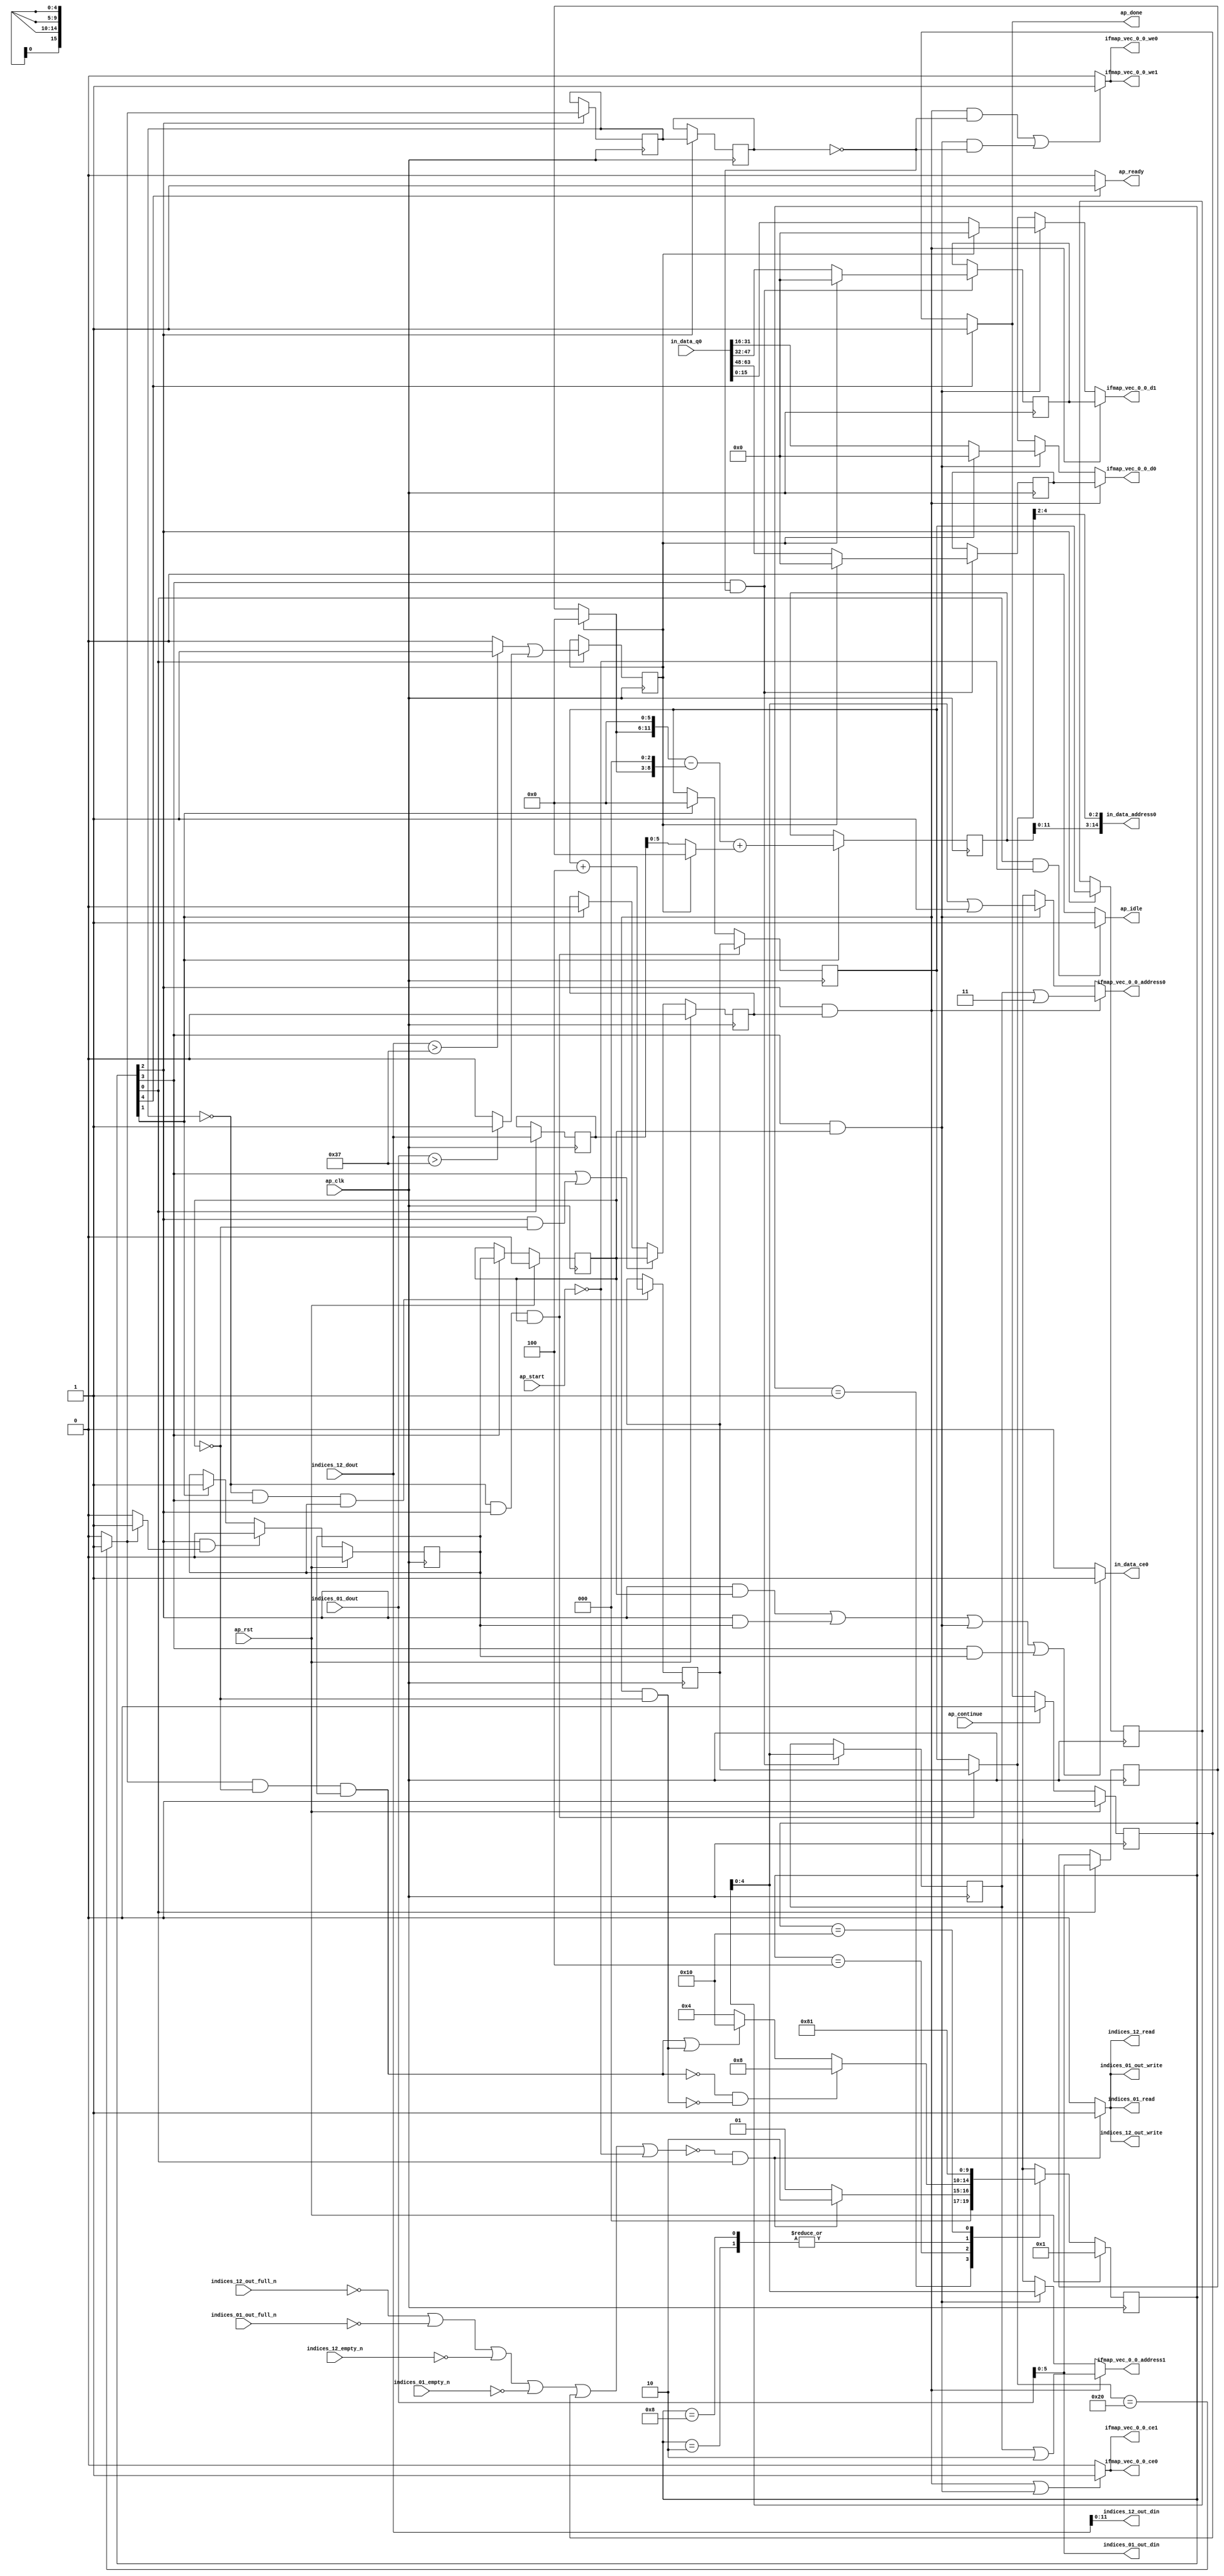
`define EXPONENT 5
`define MANTISSA 10
`define ACTUAL_MANTISSA 11
`define EXPONENT_LSB 10
`define EXPONENT_MSB 14
`define MANTISSA_LSB 0
`define MANTISSA_MSB 9
`define MANTISSA_MUL_SPLIT_LSB 3
`define MANTISSA_MUL_SPLIT_MSB 9
`define SIGN 1
`define SIGN_LOC 15
`define DWIDTH (`SIGN+`EXPONENT+`MANTISSA)
`define IEEE_COMPLIANCE 1

module td_fused_top_tdf3_readInputs (
        ap_clk,
        ap_rst,
        ap_start,
        ap_done,
        ap_continue,
        ap_idle,
        ap_ready,
        in_data_address0,
        in_data_ce0,
        in_data_q0,
        indices_01_dout,
        indices_01_empty_n,
        indices_01_read,
        indices_12_dout,
        indices_12_empty_n,
        indices_12_read,
        ifmap_vec_0_0_address0,
        ifmap_vec_0_0_ce0,
        ifmap_vec_0_0_we0,
        ifmap_vec_0_0_d0,
        ifmap_vec_0_0_address1,
        ifmap_vec_0_0_ce1,
        ifmap_vec_0_0_we1,
        ifmap_vec_0_0_d1,
        indices_01_out_din,
        indices_01_out_full_n,
        indices_01_out_write,
        indices_12_out_din,
        indices_12_out_full_n,
        indices_12_out_write
);

parameter    ap_ST_fsm_state1 = 5'd1;
parameter    ap_ST_fsm_state2 = 5'd2;
parameter    ap_ST_fsm_pp0_stage0 = 5'd4;
parameter    ap_ST_fsm_pp0_stage1 = 5'd8;
parameter    ap_ST_fsm_state8 = 5'd16;

input   ap_clk;
input   ap_rst;
input   ap_start;
output   ap_done;
input   ap_continue;
output   ap_idle;
output   ap_ready;
output  [14:0] in_data_address0;
output   in_data_ce0;
input  [63:0] in_data_q0;
input  [15:0] indices_01_dout;
input   indices_01_empty_n;
output   indices_01_read;
input  [15:0] indices_12_dout;
input   indices_12_empty_n;
output   indices_12_read;
output  [4:0] ifmap_vec_0_0_address0;
output   ifmap_vec_0_0_ce0;
output   ifmap_vec_0_0_we0;
output  [15:0] ifmap_vec_0_0_d0;
output  [4:0] ifmap_vec_0_0_address1;
output   ifmap_vec_0_0_ce1;
output   ifmap_vec_0_0_we1;
output  [15:0] ifmap_vec_0_0_d1;
output  [5:0] indices_01_out_din;
input   indices_01_out_full_n;
output   indices_01_out_write;
output  [11:0] indices_12_out_din;
input   indices_12_out_full_n;
output   indices_12_out_write;

reg ap_done;
reg ap_idle;
reg ap_ready;
reg in_data_ce0;
reg indices_01_read;
reg indices_12_read;
reg[4:0] ifmap_vec_0_0_address0;
reg ifmap_vec_0_0_ce0;
reg ifmap_vec_0_0_we0;
reg[15:0] ifmap_vec_0_0_d0;
reg[4:0] ifmap_vec_0_0_address1;
reg ifmap_vec_0_0_ce1;
reg ifmap_vec_0_0_we1;
reg[15:0] ifmap_vec_0_0_d1;
reg indices_01_out_write;
reg indices_12_out_write;

reg    ap_done_reg;
  reg   [4:0] ap_CS_fsm;
wire    ap_CS_fsm_state1;
reg    indices_01_blk_n;
reg    indices_12_blk_n;
reg    indices_01_out_blk_n;
reg    indices_12_out_blk_n;
reg   [5:0] kk_0_i_i_reg_178;
reg   [5:0] kk_0_i_i_reg_178_pp0_iter1_reg;
wire    ap_CS_fsm_pp0_stage0;
wire    ap_block_state3_pp0_stage0_iter0;
wire    ap_block_state5_pp0_stage0_iter1;
wire    ap_block_state7_pp0_stage0_iter2;
wire    ap_block_pp0_stage0_11001;
wire   [5:0] trunc_ln135_fu_190_p1;
reg   [5:0] trunc_ln135_reg_432;
reg   [15:0] col_coord_reg_437;
wire   [0:0] is_padding_fu_212_p2;
reg   [0:0] is_padding_reg_442;
wire   [13:0] add_ln32_fu_272_p2;
reg   [13:0] add_ln32_reg_452;
wire    ap_CS_fsm_state2;
wire   [0:0] icmp_ln25_fu_278_p2;
reg   [0:0] icmp_ln25_reg_457;
reg   [0:0] icmp_ln25_reg_457_pp0_iter1_reg;
wire   [5:0] add_ln25_fu_306_p2;
reg   [5:0] add_ln25_reg_466;
wire    ap_CS_fsm_pp0_stage1;
reg    ap_enable_reg_pp0_iter0;
wire    ap_block_state4_pp0_stage1_iter0;
wire    ap_block_state6_pp0_stage1_iter1;
wire    ap_block_pp0_stage1_11001;
wire   [4:0] empty_104_fu_317_p1;
reg   [4:0] empty_104_reg_471;
wire   [15:0] select_ln33_20_fu_384_p3;
reg   [15:0] select_ln33_20_reg_477;
wire   [15:0] select_ln33_21_fu_405_p3;
reg   [15:0] select_ln33_21_reg_482;
wire    ap_block_pp0_stage0_subdone;
reg    ap_condition_pp0_exit_iter0_state3;
reg    ap_enable_reg_pp0_iter1;
wire    ap_block_pp0_stage1_subdone;
reg    ap_enable_reg_pp0_iter2;
reg   [5:0] ap_phi_mux_kk_0_i_i_phi_fu_182_p4;
wire    ap_block_pp0_stage0;
wire   [63:0] sext_ln32_fu_301_p1;
wire   [63:0] kk_0_cast4_i_i_fu_312_p1;
wire    ap_block_pp0_stage1;
wire   [63:0] zext_ln32_16_fu_343_p1;
wire   [63:0] zext_ln32_17_fu_417_p1;
wire   [63:0] zext_ln32_18_fu_427_p1;
reg    ap_block_state1;
wire   [15:0] select_ln33_fu_329_p3;
wire   [15:0] select_ln33_19_fu_362_p3;
wire   [0:0] cmp7_i_i_fu_200_p2;
wire   [0:0] icmp_ln24_fu_206_p2;
wire   [5:0] empty_102_fu_218_p1;
wire   [5:0] row_coord_int_fu_221_p3;
wire   [11:0] tmp_fu_234_p3;
wire   [8:0] tmp_s_fu_246_p3;
wire   [12:0] zext_ln32_fu_242_p1;
wire   [12:0] zext_ln32_20_fu_254_p1;
wire   [12:0] sub_ln32_fu_258_p2;
wire   [5:0] col_coord_int_fu_227_p3;
wire   [13:0] sub_ln32_cast_fu_264_p1;
wire   [13:0] zext_ln32_21_fu_268_p1;
wire   [2:0] lshr_ln_fu_284_p4;
wire   [16:0] tmp_35_fu_294_p3;
wire   [15:0] trunc_ln32_fu_321_p1;
wire   [15:0] bitcast_ln32_fu_325_p1;
wire   [4:0] or_ln25_fu_337_p2;
wire   [15:0] tmp_58_i_i_fu_348_p4;
wire   [15:0] bitcast_ln32_19_fu_358_p1;
wire   [15:0] tmp_59_i_i_fu_370_p4;
wire   [15:0] bitcast_ln32_20_fu_380_p1;
wire   [15:0] tmp_60_i_i_fu_391_p4;
wire   [15:0] bitcast_ln32_21_fu_401_p1;
wire   [4:0] or_ln25_13_fu_412_p2;
wire   [4:0] or_ln25_14_fu_422_p2;
wire    ap_CS_fsm_state8;
reg   [4:0] ap_NS_fsm;
reg    ap_idle_pp0;
wire    ap_enable_pp0;
wire    ap_ce_reg;

// power-on initialization
initial begin
#0 ap_done_reg = 1'b0;
#0 ap_CS_fsm = 5'd1;
#0 ap_enable_reg_pp0_iter0 = 1'b0;
#0 ap_enable_reg_pp0_iter1 = 1'b0;
#0 ap_enable_reg_pp0_iter2 = 1'b0;
end

always @ (posedge ap_clk) begin
    if (ap_rst == 1'b1) begin
        ap_CS_fsm <= ap_ST_fsm_state1;
    end else begin
        ap_CS_fsm <= ap_NS_fsm;
    end
end

always @ (posedge ap_clk) begin
    if (ap_rst == 1'b1) begin
        ap_done_reg <= 1'b0;
    end else begin
        if ((ap_continue == 1'b1)) begin
            ap_done_reg <= 1'b0;
        end else if ((1'b1 == ap_CS_fsm_state8)) begin
            ap_done_reg <= 1'b1;
        end
    end
end

always @ (posedge ap_clk) begin
    if (ap_rst == 1'b1) begin
        ap_enable_reg_pp0_iter0 <= 1'b0;
    end else begin
        if (((1'b0 == ap_block_pp0_stage0_subdone) & (1'b1 == ap_CS_fsm_pp0_stage0) & (1'b1 == ap_condition_pp0_exit_iter0_state3))) begin
            ap_enable_reg_pp0_iter0 <= 1'b0;
        end else if ((1'b1 == ap_CS_fsm_state2)) begin
            ap_enable_reg_pp0_iter0 <= 1'b1;
        end
    end
end

always @ (posedge ap_clk) begin
    if (ap_rst == 1'b1) begin
        ap_enable_reg_pp0_iter1 <= 1'b0;
    end else begin
        if (((1'b0 == ap_block_pp0_stage1_subdone) & (1'b1 == ap_CS_fsm_pp0_stage1))) begin
            ap_enable_reg_pp0_iter1 <= ap_enable_reg_pp0_iter0;
        end
    end
end

always @ (posedge ap_clk) begin
    if (ap_rst == 1'b1) begin
        ap_enable_reg_pp0_iter2 <= 1'b0;
    end else begin
        if ((((1'b0 == ap_block_pp0_stage1_subdone) & (1'b1 == ap_CS_fsm_pp0_stage1)) | ((1'b0 == ap_block_pp0_stage0_subdone) & (1'b1 == ap_CS_fsm_pp0_stage0) & (ap_enable_reg_pp0_iter1 == 1'b0)))) begin
            ap_enable_reg_pp0_iter2 <= ap_enable_reg_pp0_iter1;
        end else if ((1'b1 == ap_CS_fsm_state2)) begin
            ap_enable_reg_pp0_iter2 <= 1'b0;
        end
    end
end

always @ (posedge ap_clk) begin
    if (((icmp_ln25_reg_457 == 1'd0) & (1'b0 == ap_block_pp0_stage0_11001) & (1'b1 == ap_CS_fsm_pp0_stage0) & (ap_enable_reg_pp0_iter1 == 1'b1))) begin
        kk_0_i_i_reg_178 <= add_ln25_reg_466;
    end else if ((1'b1 == ap_CS_fsm_state2)) begin
        kk_0_i_i_reg_178 <= 6'd0;
    end
end

always @ (posedge ap_clk) begin
    if (((icmp_ln25_reg_457 == 1'd0) & (1'b0 == ap_block_pp0_stage1_11001) & (1'b1 == ap_CS_fsm_pp0_stage1) & (ap_enable_reg_pp0_iter0 == 1'b1))) begin
        add_ln25_reg_466 <= add_ln25_fu_306_p2;
    end
end

always @ (posedge ap_clk) begin
    if ((1'b1 == ap_CS_fsm_state2)) begin
        add_ln32_reg_452 <= add_ln32_fu_272_p2;
    end
end

always @ (posedge ap_clk) begin
    if ((1'b1 == ap_CS_fsm_state1)) begin
        col_coord_reg_437 <= indices_12_dout;
        is_padding_reg_442 <= is_padding_fu_212_p2;
        trunc_ln135_reg_432 <= trunc_ln135_fu_190_p1;
    end
end

always @ (posedge ap_clk) begin
    if (((1'b0 == ap_block_pp0_stage1_11001) & (1'b1 == ap_CS_fsm_pp0_stage1) & (icmp_ln25_reg_457_pp0_iter1_reg == 1'd0))) begin
        empty_104_reg_471 <= empty_104_fu_317_p1;
        select_ln33_20_reg_477 <= select_ln33_20_fu_384_p3;
        select_ln33_21_reg_482 <= select_ln33_21_fu_405_p3;
    end
end

always @ (posedge ap_clk) begin
    if (((1'b0 == ap_block_pp0_stage0_11001) & (1'b1 == ap_CS_fsm_pp0_stage0))) begin
        icmp_ln25_reg_457 <= icmp_ln25_fu_278_p2;
        icmp_ln25_reg_457_pp0_iter1_reg <= icmp_ln25_reg_457;
        kk_0_i_i_reg_178_pp0_iter1_reg <= kk_0_i_i_reg_178;
    end
end

always @ (*) begin
    if ((icmp_ln25_fu_278_p2 == 1'd1)) begin
        ap_condition_pp0_exit_iter0_state3 = 1'b1;
    end else begin
        ap_condition_pp0_exit_iter0_state3 = 1'b0;
    end
end

always @ (*) begin
    if ((1'b1 == ap_CS_fsm_state8)) begin
        ap_done = 1'b1;
    end else begin
        ap_done = ap_done_reg;
    end
end

always @ (*) begin
    if (((1'b1 == ap_CS_fsm_state1) & (ap_start == 1'b0))) begin
        ap_idle = 1'b1;
    end else begin
        ap_idle = 1'b0;
    end
end

always @ (*) begin
    if (((ap_enable_reg_pp0_iter2 == 1'b0) & (ap_enable_reg_pp0_iter1 == 1'b0) & (ap_enable_reg_pp0_iter0 == 1'b0))) begin
        ap_idle_pp0 = 1'b1;
    end else begin
        ap_idle_pp0 = 1'b0;
    end
end

always @ (*) begin
    if (((icmp_ln25_reg_457 == 1'd0) & (1'b0 == ap_block_pp0_stage0) & (1'b1 == ap_CS_fsm_pp0_stage0) & (ap_enable_reg_pp0_iter1 == 1'b1))) begin
        ap_phi_mux_kk_0_i_i_phi_fu_182_p4 = add_ln25_reg_466;
    end else begin
        ap_phi_mux_kk_0_i_i_phi_fu_182_p4 = kk_0_i_i_reg_178;
    end
end

always @ (*) begin
    if ((1'b1 == ap_CS_fsm_state8)) begin
        ap_ready = 1'b1;
    end else begin
        ap_ready = 1'b0;
    end
end

always @ (*) begin
    if (((1'b0 == ap_block_pp0_stage0) & (1'b1 == ap_CS_fsm_pp0_stage0) & (ap_enable_reg_pp0_iter2 == 1'b1))) begin
        ifmap_vec_0_0_address0 = zext_ln32_18_fu_427_p1;
    end else if (((1'b0 == ap_block_pp0_stage1) & (1'b1 == ap_CS_fsm_pp0_stage1) & (ap_enable_reg_pp0_iter1 == 1'b1))) begin
        ifmap_vec_0_0_address0 = zext_ln32_16_fu_343_p1;
    end else begin
        ifmap_vec_0_0_address0 = 'bx;
    end
end

always @ (*) begin
    if (((1'b0 == ap_block_pp0_stage0) & (1'b1 == ap_CS_fsm_pp0_stage0) & (ap_enable_reg_pp0_iter2 == 1'b1))) begin
        ifmap_vec_0_0_address1 = zext_ln32_17_fu_417_p1;
    end else if (((1'b0 == ap_block_pp0_stage1) & (1'b1 == ap_CS_fsm_pp0_stage1) & (ap_enable_reg_pp0_iter1 == 1'b1))) begin
        ifmap_vec_0_0_address1 = kk_0_cast4_i_i_fu_312_p1;
    end else begin
        ifmap_vec_0_0_address1 = 'bx;
    end
end

always @ (*) begin
    if ((((1'b0 == ap_block_pp0_stage0_11001) & (1'b1 == ap_CS_fsm_pp0_stage0) & (ap_enable_reg_pp0_iter2 == 1'b1)) | ((1'b0 == ap_block_pp0_stage1_11001) & (1'b1 == ap_CS_fsm_pp0_stage1) & (ap_enable_reg_pp0_iter1 == 1'b1)))) begin
        ifmap_vec_0_0_ce0 = 1'b1;
    end else begin
        ifmap_vec_0_0_ce0 = 1'b0;
    end
end

always @ (*) begin
    if ((((1'b0 == ap_block_pp0_stage0_11001) & (1'b1 == ap_CS_fsm_pp0_stage0) & (ap_enable_reg_pp0_iter2 == 1'b1)) | ((1'b0 == ap_block_pp0_stage1_11001) & (1'b1 == ap_CS_fsm_pp0_stage1) & (ap_enable_reg_pp0_iter1 == 1'b1)))) begin
        ifmap_vec_0_0_ce1 = 1'b1;
    end else begin
        ifmap_vec_0_0_ce1 = 1'b0;
    end
end

always @ (*) begin
    if (((1'b0 == ap_block_pp0_stage0) & (1'b1 == ap_CS_fsm_pp0_stage0) & (ap_enable_reg_pp0_iter2 == 1'b1))) begin
        ifmap_vec_0_0_d0 = select_ln33_21_reg_482;
    end else if (((1'b0 == ap_block_pp0_stage1) & (1'b1 == ap_CS_fsm_pp0_stage1) & (ap_enable_reg_pp0_iter1 == 1'b1))) begin
        ifmap_vec_0_0_d0 = select_ln33_19_fu_362_p3;
    end else begin
        ifmap_vec_0_0_d0 = 'bx;
    end
end

always @ (*) begin
    if (((1'b0 == ap_block_pp0_stage0) & (1'b1 == ap_CS_fsm_pp0_stage0) & (ap_enable_reg_pp0_iter2 == 1'b1))) begin
        ifmap_vec_0_0_d1 = select_ln33_20_reg_477;
    end else if (((1'b0 == ap_block_pp0_stage1) & (1'b1 == ap_CS_fsm_pp0_stage1) & (ap_enable_reg_pp0_iter1 == 1'b1))) begin
        ifmap_vec_0_0_d1 = select_ln33_fu_329_p3;
    end else begin
        ifmap_vec_0_0_d1 = 'bx;
    end
end

always @ (*) begin
    if ((((1'b0 == ap_block_pp0_stage0_11001) & (1'b1 == ap_CS_fsm_pp0_stage0) & (ap_enable_reg_pp0_iter2 == 1'b1) & (icmp_ln25_reg_457_pp0_iter1_reg == 1'd0)) | ((1'b0 == ap_block_pp0_stage1_11001) & (1'b1 == ap_CS_fsm_pp0_stage1) & (ap_enable_reg_pp0_iter1 == 1'b1) & (icmp_ln25_reg_457_pp0_iter1_reg == 1'd0)))) begin
        ifmap_vec_0_0_we0 = 1'b1;
    end else begin
        ifmap_vec_0_0_we0 = 1'b0;
    end
end

always @ (*) begin
    if ((((1'b0 == ap_block_pp0_stage0_11001) & (1'b1 == ap_CS_fsm_pp0_stage0) & (ap_enable_reg_pp0_iter2 == 1'b1) & (icmp_ln25_reg_457_pp0_iter1_reg == 1'd0)) | ((1'b0 == ap_block_pp0_stage1_11001) & (1'b1 == ap_CS_fsm_pp0_stage1) & (ap_enable_reg_pp0_iter1 == 1'b1) & (icmp_ln25_reg_457_pp0_iter1_reg == 1'd0)))) begin
        ifmap_vec_0_0_we1 = 1'b1;
    end else begin
        ifmap_vec_0_0_we1 = 1'b0;
    end
end

always @ (*) begin
    if ((((1'b0 == ap_block_pp0_stage0_11001) & (1'b1 == ap_CS_fsm_pp0_stage0) & (ap_enable_reg_pp0_iter1 == 1'b1)) | ((1'b0 == ap_block_pp0_stage0_11001) & (1'b1 == ap_CS_fsm_pp0_stage0) & (ap_enable_reg_pp0_iter0 == 1'b1)) | ((1'b0 == ap_block_pp0_stage1_11001) & (1'b1 == ap_CS_fsm_pp0_stage1) & (ap_enable_reg_pp0_iter1 == 1'b1)) | ((1'b0 == ap_block_pp0_stage1_11001) & (1'b1 == ap_CS_fsm_pp0_stage1) & (ap_enable_reg_pp0_iter0 == 1'b1)))) begin
        in_data_ce0 = 1'b1;
    end else begin
        in_data_ce0 = 1'b0;
    end
end

always @ (*) begin
    if ((~((ap_done_reg == 1'b1) | (ap_start == 1'b0)) & (1'b1 == ap_CS_fsm_state1))) begin
        indices_01_blk_n = indices_01_empty_n;
    end else begin
        indices_01_blk_n = 1'b1;
    end
end

always @ (*) begin
    if ((~((ap_done_reg == 1'b1) | (ap_start == 1'b0)) & (1'b1 == ap_CS_fsm_state1))) begin
        indices_01_out_blk_n = indices_01_out_full_n;
    end else begin
        indices_01_out_blk_n = 1'b1;
    end
end

always @ (*) begin
    if ((~((indices_12_out_full_n == 1'b0) | (indices_01_out_full_n == 1'b0) | (indices_12_empty_n == 1'b0) | (indices_01_empty_n == 1'b0) | (ap_done_reg == 1'b1) | (ap_start == 1'b0)) & (1'b1 == ap_CS_fsm_state1))) begin
        indices_01_out_write = 1'b1;
    end else begin
        indices_01_out_write = 1'b0;
    end
end

always @ (*) begin
    if ((~((indices_12_out_full_n == 1'b0) | (indices_01_out_full_n == 1'b0) | (indices_12_empty_n == 1'b0) | (indices_01_empty_n == 1'b0) | (ap_done_reg == 1'b1) | (ap_start == 1'b0)) & (1'b1 == ap_CS_fsm_state1))) begin
        indices_01_read = 1'b1;
    end else begin
        indices_01_read = 1'b0;
    end
end

always @ (*) begin
    if ((~((ap_done_reg == 1'b1) | (ap_start == 1'b0)) & (1'b1 == ap_CS_fsm_state1))) begin
        indices_12_blk_n = indices_12_empty_n;
    end else begin
        indices_12_blk_n = 1'b1;
    end
end

always @ (*) begin
    if ((~((ap_done_reg == 1'b1) | (ap_start == 1'b0)) & (1'b1 == ap_CS_fsm_state1))) begin
        indices_12_out_blk_n = indices_12_out_full_n;
    end else begin
        indices_12_out_blk_n = 1'b1;
    end
end

always @ (*) begin
    if ((~((indices_12_out_full_n == 1'b0) | (indices_01_out_full_n == 1'b0) | (indices_12_empty_n == 1'b0) | (indices_01_empty_n == 1'b0) | (ap_done_reg == 1'b1) | (ap_start == 1'b0)) & (1'b1 == ap_CS_fsm_state1))) begin
        indices_12_out_write = 1'b1;
    end else begin
        indices_12_out_write = 1'b0;
    end
end

always @ (*) begin
    if ((~((indices_12_out_full_n == 1'b0) | (indices_01_out_full_n == 1'b0) | (indices_12_empty_n == 1'b0) | (indices_01_empty_n == 1'b0) | (ap_done_reg == 1'b1) | (ap_start == 1'b0)) & (1'b1 == ap_CS_fsm_state1))) begin
        indices_12_read = 1'b1;
    end else begin
        indices_12_read = 1'b0;
    end
end

always @ (*) begin
    case (ap_CS_fsm)
        ap_ST_fsm_state1 : begin
            if ((~((indices_12_out_full_n == 1'b0) | (indices_01_out_full_n == 1'b0) | (indices_12_empty_n == 1'b0) | (indices_01_empty_n == 1'b0) | (ap_done_reg == 1'b1) | (ap_start == 1'b0)) & (1'b1 == ap_CS_fsm_state1))) begin
                ap_NS_fsm = ap_ST_fsm_state2;
            end else begin
                ap_NS_fsm = ap_ST_fsm_state1;
            end
        end
        ap_ST_fsm_state2 : begin
            ap_NS_fsm = ap_ST_fsm_pp0_stage0;
        end
        ap_ST_fsm_pp0_stage0 : begin
            if ((~((icmp_ln25_fu_278_p2 == 1'd1) & (1'b0 == ap_block_pp0_stage0_subdone) & (ap_enable_reg_pp0_iter1 == 1'b0) & (ap_enable_reg_pp0_iter0 == 1'b1)) & ~((1'b0 == ap_block_pp0_stage0_subdone) & (1'b1 == ap_CS_fsm_pp0_stage0) & (ap_enable_reg_pp0_iter2 == 1'b1) & (ap_enable_reg_pp0_iter1 == 1'b0)) & (1'b0 == ap_block_pp0_stage0_subdone))) begin
                ap_NS_fsm = ap_ST_fsm_pp0_stage1;
            end else if ((((icmp_ln25_fu_278_p2 == 1'd1) & (1'b0 == ap_block_pp0_stage0_subdone) & (ap_enable_reg_pp0_iter1 == 1'b0) & (ap_enable_reg_pp0_iter0 == 1'b1)) | ((1'b0 == ap_block_pp0_stage0_subdone) & (1'b1 == ap_CS_fsm_pp0_stage0) & (ap_enable_reg_pp0_iter2 == 1'b1) & (ap_enable_reg_pp0_iter1 == 1'b0)))) begin
                ap_NS_fsm = ap_ST_fsm_state8;
            end else begin
                ap_NS_fsm = ap_ST_fsm_pp0_stage0;
            end
        end
        ap_ST_fsm_pp0_stage1 : begin
            if ((1'b0 == ap_block_pp0_stage1_subdone)) begin
                ap_NS_fsm = ap_ST_fsm_pp0_stage0;
            end else begin
                ap_NS_fsm = ap_ST_fsm_pp0_stage1;
            end
        end
        ap_ST_fsm_state8 : begin
            ap_NS_fsm = ap_ST_fsm_state1;
        end
        default : begin
            ap_NS_fsm = 'bx;
        end
    endcase
end

assign add_ln25_fu_306_p2 = (kk_0_i_i_reg_178 + 6'd4);

assign add_ln32_fu_272_p2 = ((sub_ln32_cast_fu_264_p1) + (zext_ln32_21_fu_268_p1));

assign ap_CS_fsm_pp0_stage0 = ap_CS_fsm[32'd2];

assign ap_CS_fsm_pp0_stage1 = ap_CS_fsm[32'd3];

assign ap_CS_fsm_state1 = ap_CS_fsm[32'd0];

assign ap_CS_fsm_state2 = ap_CS_fsm[32'd1];

assign ap_CS_fsm_state8 = ap_CS_fsm[32'd4];

assign ap_block_pp0_stage0 = ~(1'b1 == 1'b1);

assign ap_block_pp0_stage0_11001 = ~(1'b1 == 1'b1);

assign ap_block_pp0_stage0_subdone = ~(1'b1 == 1'b1);

assign ap_block_pp0_stage1 = ~(1'b1 == 1'b1);

assign ap_block_pp0_stage1_11001 = ~(1'b1 == 1'b1);

assign ap_block_pp0_stage1_subdone = ~(1'b1 == 1'b1);

always @ (*) begin
    ap_block_state1 = ((indices_12_out_full_n == 1'b0) | (indices_01_out_full_n == 1'b0) | (indices_12_empty_n == 1'b0) | (indices_01_empty_n == 1'b0) | (ap_done_reg == 1'b1) | (ap_start == 1'b0));
end

assign ap_block_state3_pp0_stage0_iter0 = ~(1'b1 == 1'b1);

assign ap_block_state4_pp0_stage1_iter0 = ~(1'b1 == 1'b1);

assign ap_block_state5_pp0_stage0_iter1 = ~(1'b1 == 1'b1);

assign ap_block_state6_pp0_stage1_iter1 = ~(1'b1 == 1'b1);

assign ap_block_state7_pp0_stage0_iter2 = ~(1'b1 == 1'b1);

assign ap_enable_pp0 = (ap_idle_pp0 ^ 1'b1);

assign bitcast_ln32_19_fu_358_p1 = tmp_58_i_i_fu_348_p4;

assign bitcast_ln32_20_fu_380_p1 = tmp_59_i_i_fu_370_p4;

assign bitcast_ln32_21_fu_401_p1 = tmp_60_i_i_fu_391_p4;

assign bitcast_ln32_fu_325_p1 = trunc_ln32_fu_321_p1;

assign cmp7_i_i_fu_200_p2 = ((indices_01_dout > 16'd55) ? 1'b1 : 1'b0);

assign col_coord_int_fu_227_p3 = ((is_padding_reg_442[0:0] == 1'b1) ? 6'd0 : empty_102_fu_218_p1);

assign empty_102_fu_218_p1 = col_coord_reg_437[5:0];

assign empty_104_fu_317_p1 = kk_0_i_i_reg_178_pp0_iter1_reg[4:0];

assign icmp_ln24_fu_206_p2 = ((indices_12_dout > 16'd55) ? 1'b1 : 1'b0);

assign icmp_ln25_fu_278_p2 = ((ap_phi_mux_kk_0_i_i_phi_fu_182_p4 == 6'd32) ? 1'b1 : 1'b0);

assign in_data_address0 = sext_ln32_fu_301_p1;

assign indices_01_out_din = indices_01_dout[5:0];

assign indices_12_out_din = indices_12_dout[11:0];

assign is_padding_fu_212_p2 = (icmp_ln24_fu_206_p2 | cmp7_i_i_fu_200_p2);

assign kk_0_cast4_i_i_fu_312_p1 = kk_0_i_i_reg_178_pp0_iter1_reg;

assign lshr_ln_fu_284_p4 = {{ap_phi_mux_kk_0_i_i_phi_fu_182_p4[4:2]}};

assign or_ln25_13_fu_412_p2 = (empty_104_reg_471 | 5'd2);

assign or_ln25_14_fu_422_p2 = (empty_104_reg_471 | 5'd3);

assign or_ln25_fu_337_p2 = (empty_104_fu_317_p1 | 5'd1);

assign row_coord_int_fu_221_p3 = ((is_padding_reg_442[0:0] == 1'b1) ? 6'd0 : trunc_ln135_reg_432);

assign select_ln33_19_fu_362_p3 = ((is_padding_reg_442[0:0] == 1'b1) ? 16'd0 : bitcast_ln32_19_fu_358_p1);

assign select_ln33_20_fu_384_p3 = ((is_padding_reg_442[0:0] == 1'b1) ? 16'd0 : bitcast_ln32_20_fu_380_p1);

assign select_ln33_21_fu_405_p3 = ((is_padding_reg_442[0:0] == 1'b1) ? 16'd0 : bitcast_ln32_21_fu_401_p1);

assign select_ln33_fu_329_p3 = ((is_padding_reg_442[0:0] == 1'b1) ? 16'd0 : bitcast_ln32_fu_325_p1);

assign sext_ln32_fu_301_p1 = (tmp_35_fu_294_p3);

assign sub_ln32_cast_fu_264_p1 = (sub_ln32_fu_258_p2);

assign sub_ln32_fu_258_p2 = (zext_ln32_fu_242_p1 - zext_ln32_20_fu_254_p1);

assign tmp_35_fu_294_p3 = {{add_ln32_reg_452}, {lshr_ln_fu_284_p4}};

assign tmp_58_i_i_fu_348_p4 = {{in_data_q0[31:16]}};

assign tmp_59_i_i_fu_370_p4 = {{in_data_q0[47:32]}};

assign tmp_60_i_i_fu_391_p4 = {{in_data_q0[63:48]}};

assign tmp_fu_234_p3 = {{row_coord_int_fu_221_p3}, {6'd0}};

assign tmp_s_fu_246_p3 = {{row_coord_int_fu_221_p3}, {3'd0}};

assign trunc_ln135_fu_190_p1 = indices_01_dout[5:0];

assign trunc_ln32_fu_321_p1 = in_data_q0[15:0];

assign zext_ln32_16_fu_343_p1 = or_ln25_fu_337_p2;

assign zext_ln32_17_fu_417_p1 = or_ln25_13_fu_412_p2;

assign zext_ln32_18_fu_427_p1 = or_ln25_14_fu_422_p2;

assign zext_ln32_20_fu_254_p1 = tmp_s_fu_246_p3;

assign zext_ln32_21_fu_268_p1 = col_coord_int_fu_227_p3;

assign zext_ln32_fu_242_p1 = tmp_fu_234_p3;

endmodule //td_fused_top_tdf3_readInputs